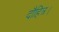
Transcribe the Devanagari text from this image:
दौहित्र।